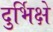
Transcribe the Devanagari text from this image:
दुर्भिक्षे